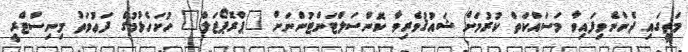
މަތީގައި ދެންނެވިފައިވާ މަސައްކަތް ކުރުމަށް ޝައުޤުވެރިވާ ކޮންސަލްޓަންޓުންނަށް "ޕްރޮޕޯޒަލް" ހުށަހެޅުމުގެ ދަޢުވަތު މިނިސްޓްރީ